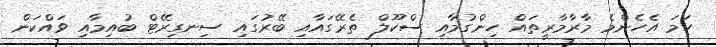
ހަމަ އެހެންމެ މާރާމާރީތައް ހިންގުމާއި ސްކޫލް ތެރޭގައާއި ބޭރުގައި ސިނގިރޭޓް ބުއިމާއި ވައްކަން